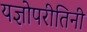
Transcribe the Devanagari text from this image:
यज्ञोपरीतिनी